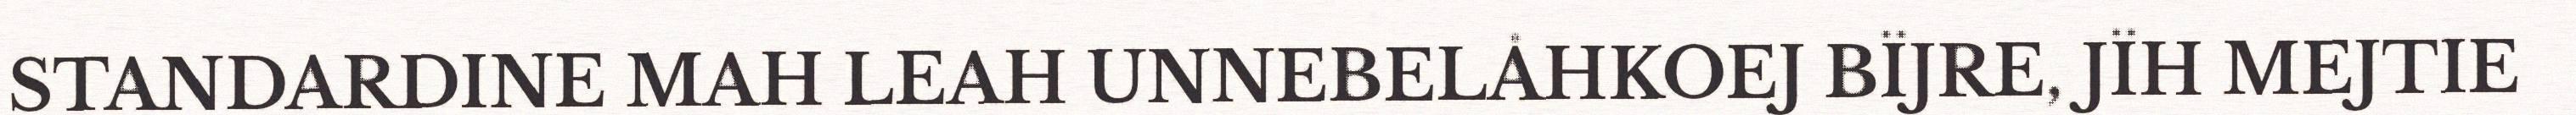
STANDARDINE MAH LEAH UNNEBELÅHKOEJ BÏJRE, JÏH MEJTIE